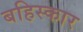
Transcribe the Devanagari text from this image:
बहिस्कार